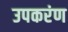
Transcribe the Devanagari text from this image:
उपकरंण